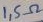
Text: 1,5Ω